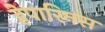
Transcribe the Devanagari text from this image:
हेपारिनस